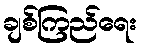
ချစ်ကြည်ရေး